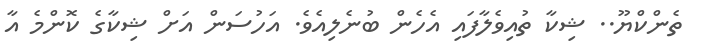
ތެންކްޔޫ.. ޝިކާ ތުއިވެލާފައި އެހެން ބުނެލިއެވެ. އަހުސަން އަށް ޝިކާގެ ކޮންމެ އާ